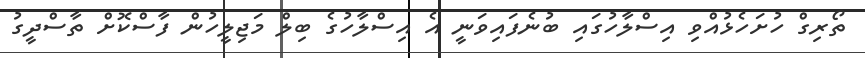
ތޯރިގް ހުށަހެޅުއްވި އިސްލާހުގައި ބުނެފައިވަނީ އެ އިސްލާހުގެ ބިލް މަޖިލީހުން ފާސްކޮށް ތާސްދީގު